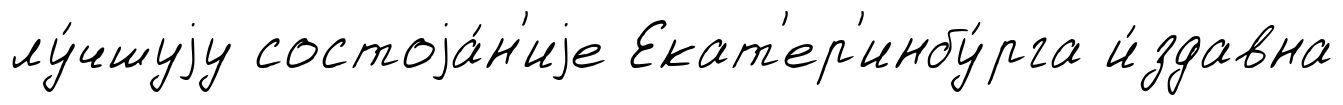
лу́чшуjу состоjа́н'иjе Екат'ер'инбу́рга и́здавна